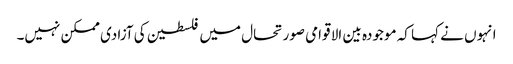
انہوں نے کہا کہ موجودہ بین الا قوامی صورتحال میں فلسطین کی آزادی ممکن نہیں۔